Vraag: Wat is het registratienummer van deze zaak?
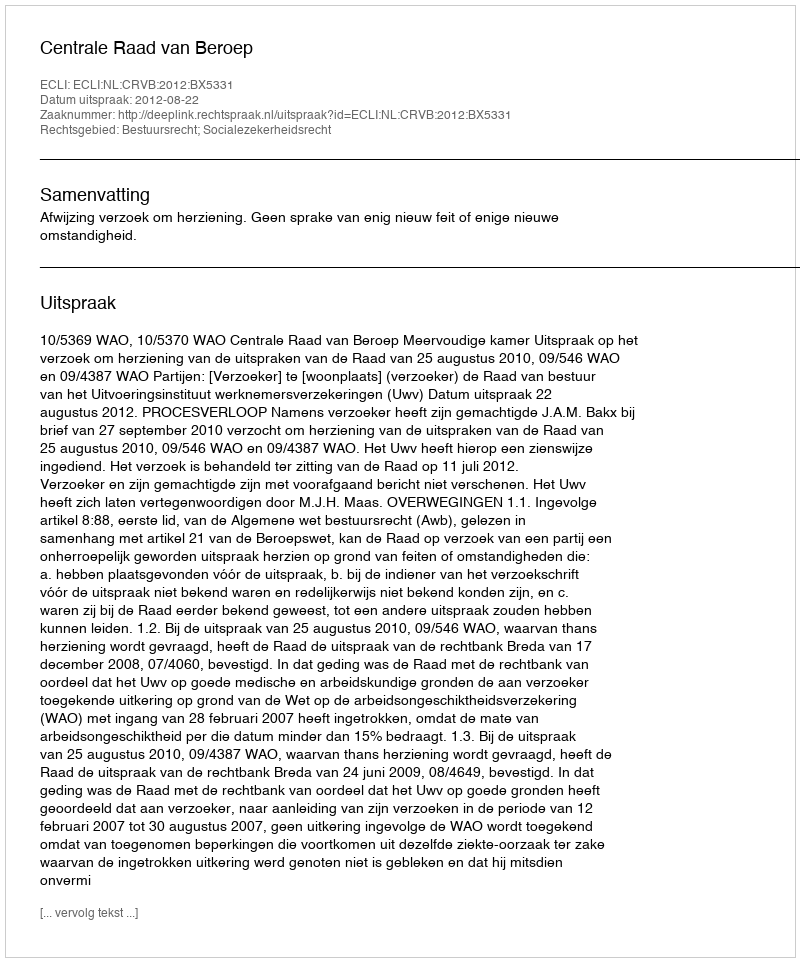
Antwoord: http://deeplink.rechtspraak.nl/uitspraak?id=ECLI:NL:CRVB:2012:BX5331